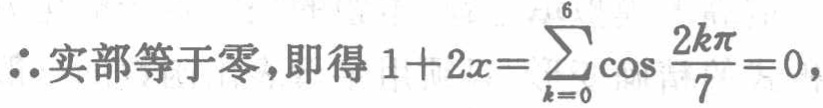
\(\therefore 实部等于零,即得 1 + 2x=\sum_{k = 0}^{6}\cos\frac{2k\pi}{7}=0,\)